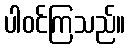
ပါဝင်ကြသည်။